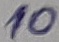
Text: 10